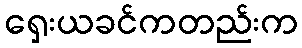
ရှေးယခင်ကတည်းက